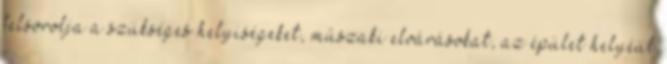
felsorolja a szükséges helyiségeket, műszaki elvárásokat, az épület helyéül